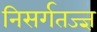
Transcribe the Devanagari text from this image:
निसर्गतज्ज्ञ